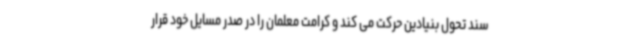
سند تحول بنیادین حرکت می کند و کرامت معلمان را در صدر مسایل خود قرار